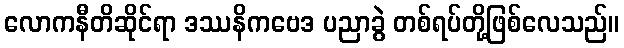
လောကနီတိဆိုင်ရာ ဒဿနိကဗေဒ ပညာခွဲ တစ်ရပ်တို့ဖြစ်လေသည်။